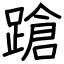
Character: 蹌